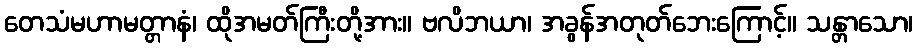
တေသံမဟာမတ္တာနံ၊ ထိုအမတ်ကြီးတို့အား။ ဗလိဘယာ၊ အခွန်အတုတ်ဘေးကြောင့်။ သန္တာသော၊